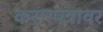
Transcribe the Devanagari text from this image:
करारपत्रावर